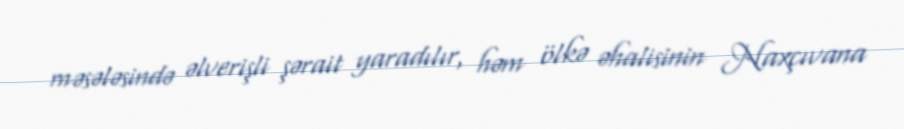
məsələsində əlverişli şərait yaradılır, həm ölkə əhalisinin Naxçıvana